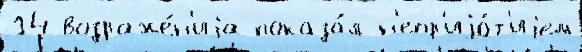
14 возраже́н'иjа показа́л н'епр'иjа́т'иjем